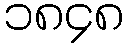
၁၈၄၈